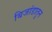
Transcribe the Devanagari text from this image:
बिजांडातुन